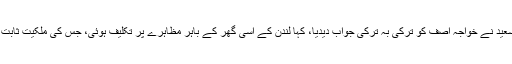
، وزیر مواصلات مراد سعید نے خواجہ آصف کو ترکی بہ ترکی جواب دیدیا، کہا لندن کے اسی گھر کے باہر مظاہرے پر تکلیف ہوئی، جس کی ملکیت ثابت کرنے میں 5 سال لگے۔